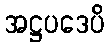
အဋ္ဌပဒေပိ